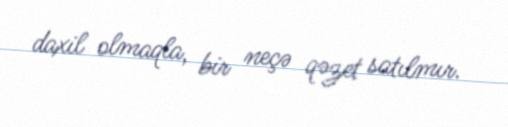
daxil olmaqla, bir neçə qəzet satılmır.